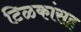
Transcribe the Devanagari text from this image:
टिळकांसह